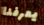
يعرفنا